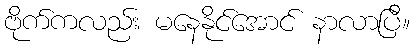
ဗိုက်ကလည်း မနေနိုင်အောင် နာလာပြီ။